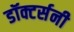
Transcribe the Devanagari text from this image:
डॉक्टर्सनी